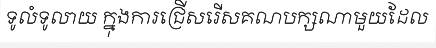
ទូលំទូលាយ ក្នុងការជ្រើសរើសគណបក្សណាមួយដែល